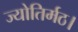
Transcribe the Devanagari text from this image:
ज्योतिर्मठ।